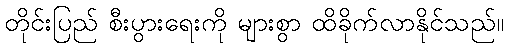
တိုင်းပြည် စီးပွားရေးကို များစွာ ထိခိုက်လာနိုင်သည်။